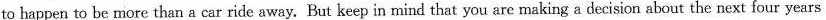
to happen to be more than a car ride away. But keep in mind that you are making a decision about the next four years